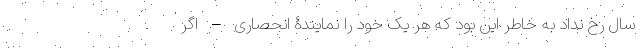
سال رخ نداد به خاطر این بود که هر یک خود را نمایندۀ انحصاری – اگر